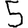
Digit: 5